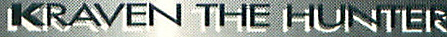
KRAVEN THE HUNTER